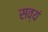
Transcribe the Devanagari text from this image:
सव्यं